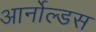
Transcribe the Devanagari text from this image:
आर्नोल्डस